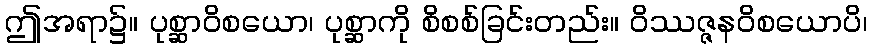
ဤအရာ၌။ ပုစ္ဆာဝိစယော၊ ပုစ္ဆာကို စိစစ်ခြင်းတည်း။ ဝိဿဇ္ဇနဝိစယောပိ၊